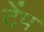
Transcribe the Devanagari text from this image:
टेंप